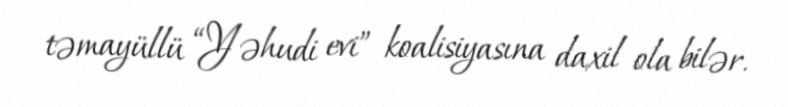
təmayüllü “Yəhudi evi” koalisiyasına daxil ola bilər.